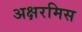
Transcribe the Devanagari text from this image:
अक्षरमिस